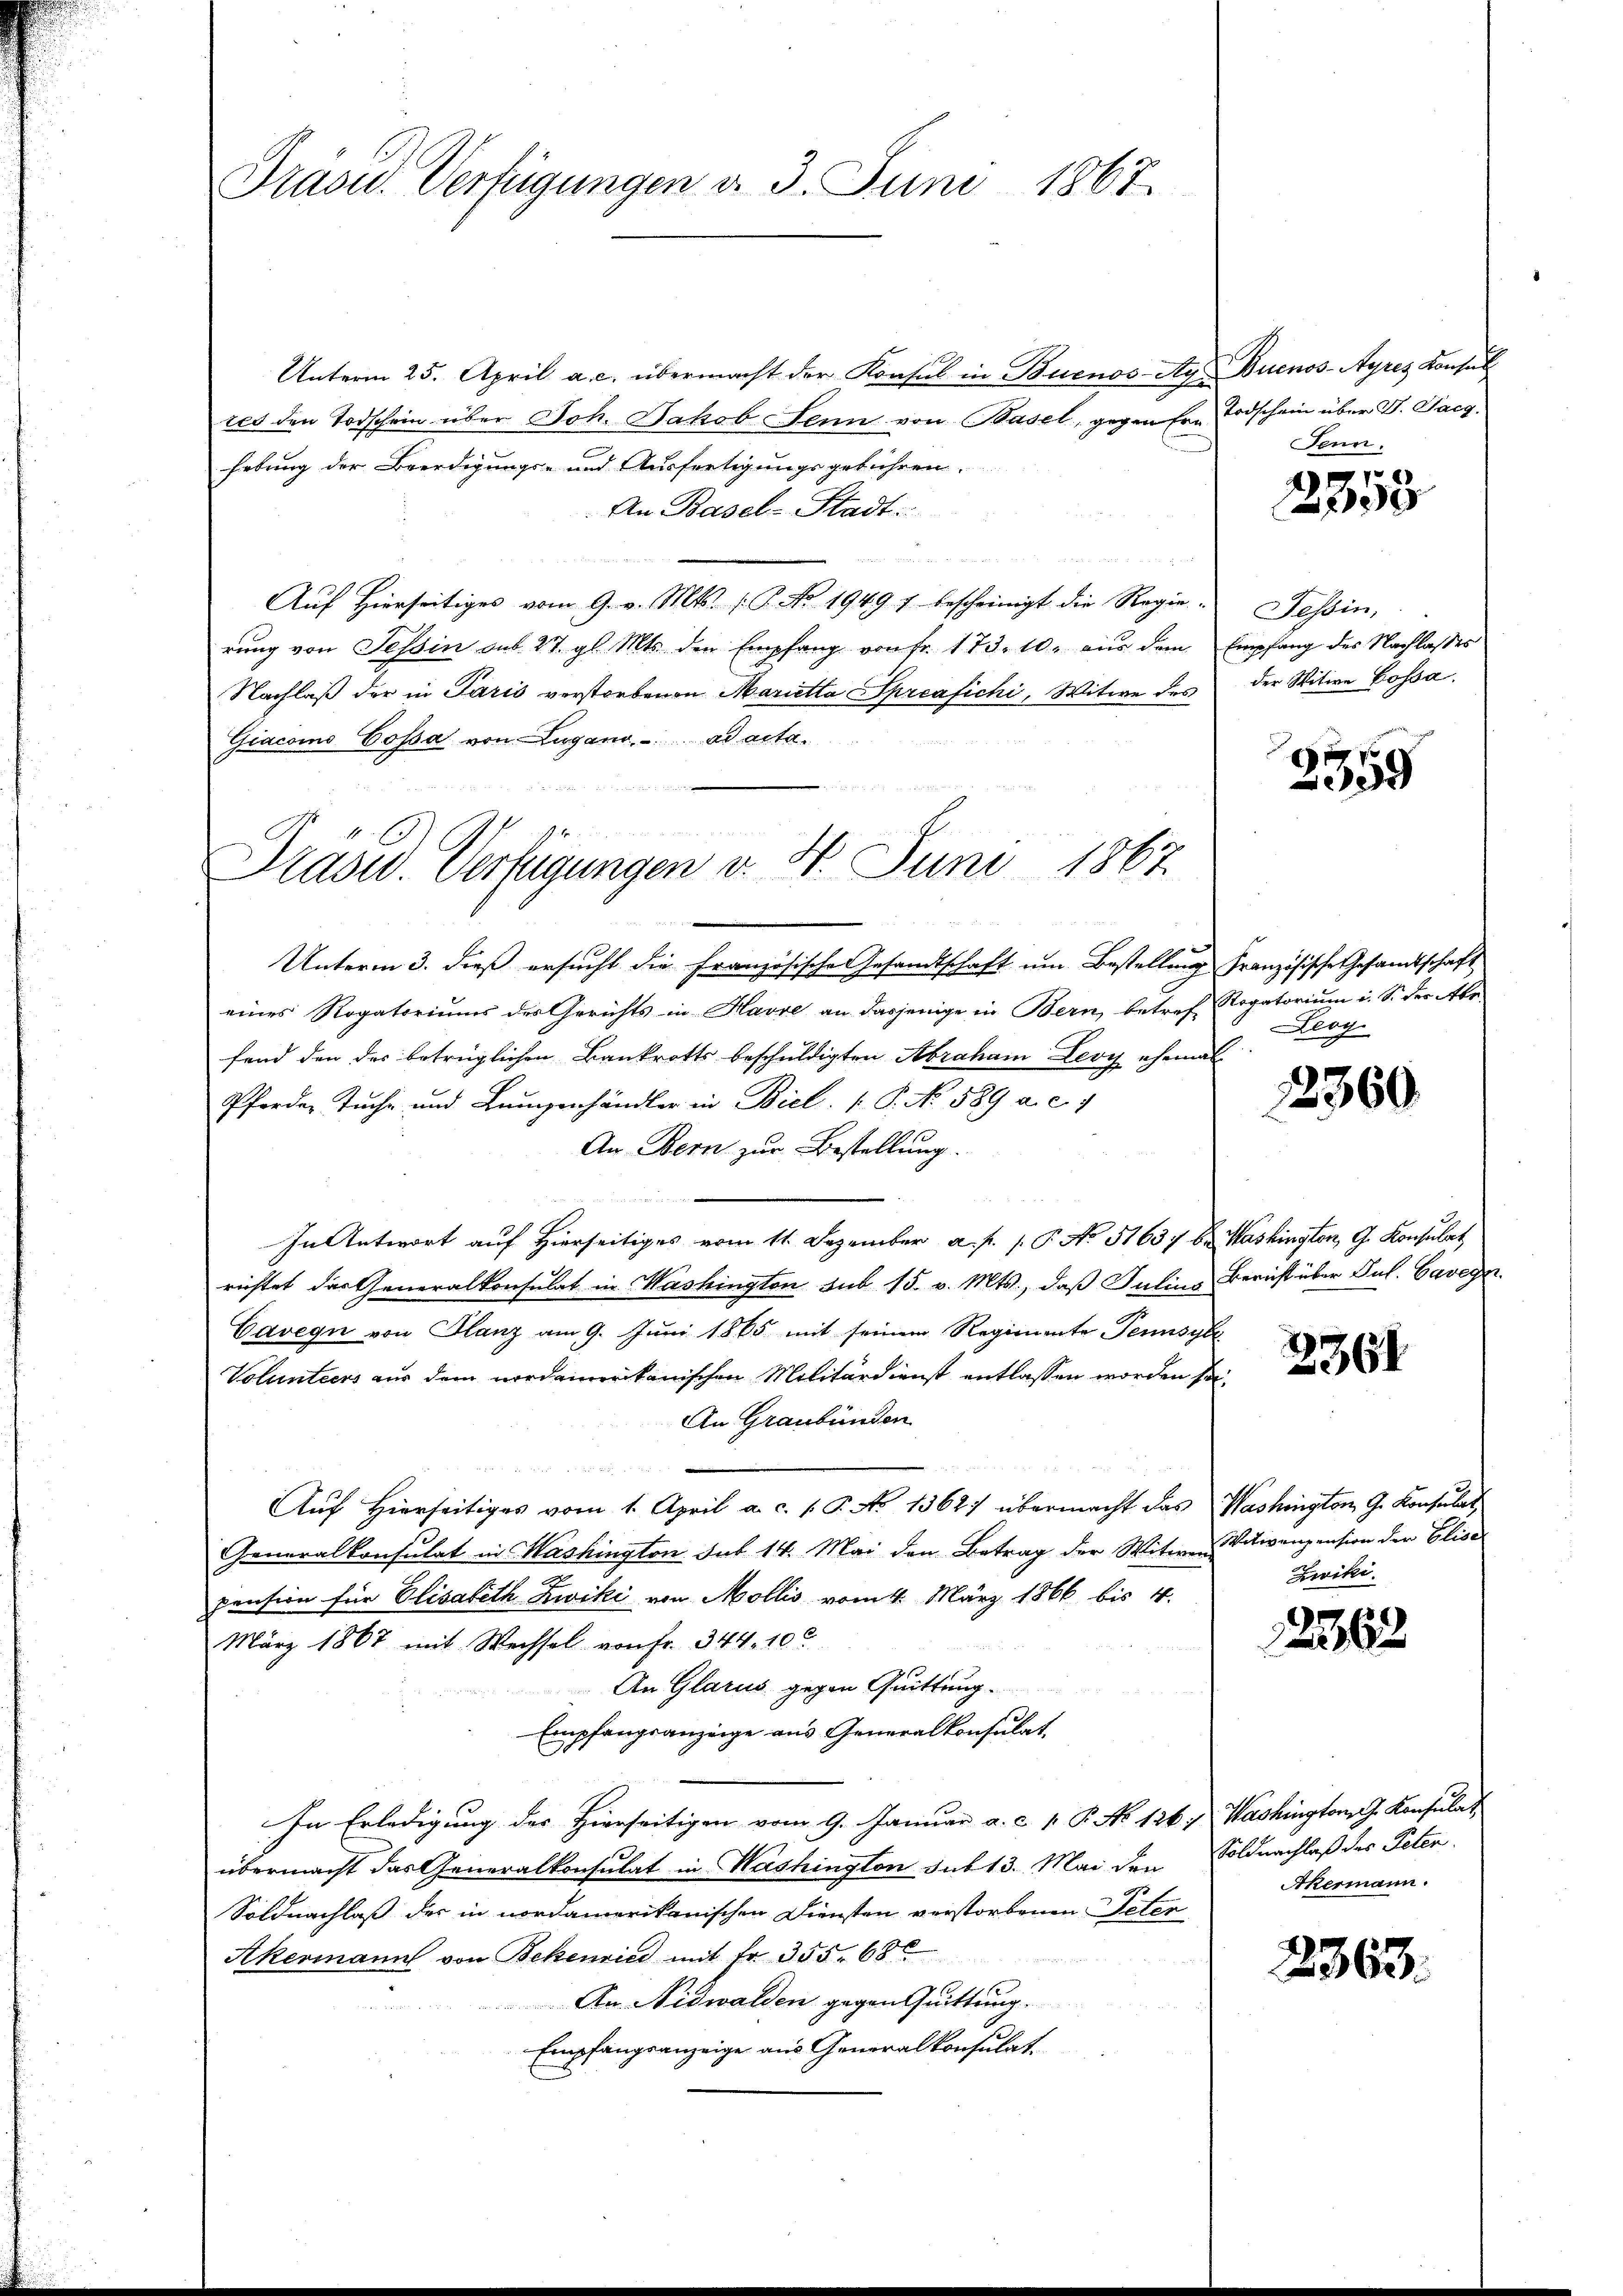
Trave. Verfügungen d. 3. Juni 1867.

Unterm 25. April a. c. übermacht der Konsul in Buenos-Ay Buenos-Ayres Konsul
tes den Todschein über Joh. Jakob Senn von Basel, gegen Er- Todschein über V. Jacz
Erbung der Beerdigungs- und Ausfertigungsgebühren.
An Basel-Stadt:
.
Aŭf Hierseitiges vom 9. v. Mts. (T. No. 1949 f bescheinigt die Regie. Tessin,
rung von Tessin aus 27. gl. Mts. den Empfang von fr. 173. 10. aus dem Empfang des Nachlasses
Nachlaß der in Paris verstorbenen Marietta Spreafichi, Witwe des der Witwe Bossa
Giacoins Cossa von Zugano. ad acta.
n

Prasw. Verfügungen v. 4. Juni 1867

Unterm 3. dieß ersucht die Französische Gesandtschaft um Bestellung französische Gesandtschaft
eines Rogatoriums des Gerichts in Havre an dasjenige in Bern, betref Rogatorium i. S. der Abe
fend den das betrüglichen Bankrotts beschuldigten Abraham Leoy ehemal
Pforden Tuche und Beuggenhändler in Biel. P. No. 589 a. c. 1
An Bern zur Bestellung.
In Antwort auf Hierseitiges vom 11. Dezember a. p. P. No. 51637 be Washington, G. Konsulat
richtet das Generalkonsulat in Washington sub 15. v. Mts., daß Julins Bericht über Jul. Cavegn
Cavegi von Glanz am 9. Juni 1865 mit seinem Regimente Pennsybe
Volunters aus dem nordamerikanischen Militärdienst entlassen worden sei.
An Graubünden
Auf Hierseitiges vom 1. April a. c. (T. No 1362) übermacht das Washington G. Konsulat
Generalkonsulat in Washington sub 14. Mai den Betrag der Witwe Vitivenpension der Elisa
pension für Elisabeth Zwiki von Mollis vom 4. März 1866 bis 4.
März 1867 mit Wechsel von Fr. 344. 100
An Glarus gegen Quittung.
Empfangsanzeige aus Generalkonsulat
1
In Erledigung des Hierseitigen vom 9. Januar a. c. 1. P. No 126. Washington J. Konsulat
übermacht das Generalkonsulat in Washington sub 13. Mai den Soldnachlaß des Peten
Soldnachlaß der in nordamerikanischen Diensten verstorbenen Peter
Akermann von Bekenried mit Fr. 355. 68
An Nidwalden gegen Quittung.
Empfangsanzeige aus Generalkonsulat.

Senn.

2353

2359

Leog

2360

2361

Zwiki.

12362

Akermann.

2363.